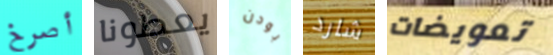
أصرخ يعطونا بودن شارد تعويضات